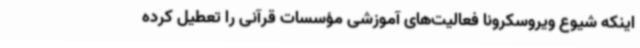
اینکه شیوع ویروسکرونا فعالیت‌های آموزشی مؤسسات قرآنی را تعطیل کرده